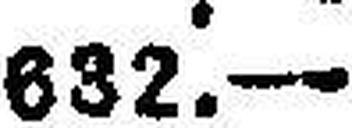
632!—